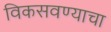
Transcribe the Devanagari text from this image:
विकसवण्याचा